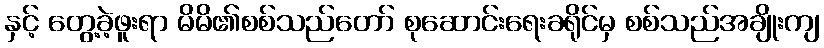
နှင့် တွေ့ခဲ့ဖူးရာ မိမိ၏စစ်သည်တော် စုဆောင်းရေးခရိုင်မှ စစ်သည်အချိုးကျ